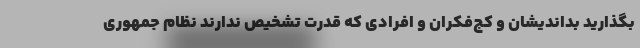
بگذارید بداندیشان و کج‌فکران و افرادی که قدرت تشخیص ندارند نظام جمهوری